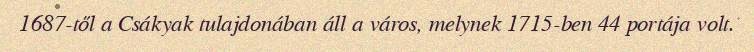
1687-től a Csákyak tulajdonában áll a város, melynek 1715-ben 44 portája volt.